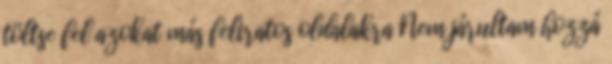
töltse fel azokat más feliratos oldalakra Nem járultam hozzá